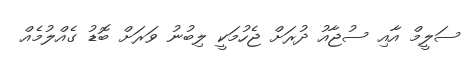
ސަލީމް އާއި ސުޖާއު ދުރަށް ޖެހުމަކީ ލިބުނު ވަރަށް ބޮޑު ގެއްލުމެއް